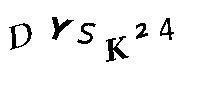
DYSK24